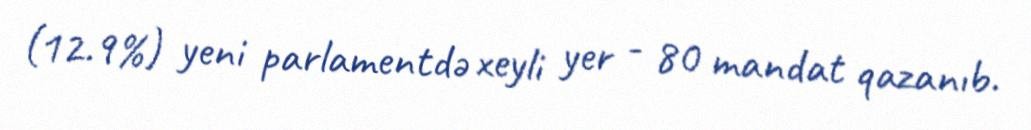
(12.9%) yeni parlamentdə xeyli yer - 80 mandat qazanıb.